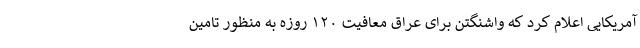
آمریکایی اعلام کرد که واشنگتن برای عراق معافیت ۱۲۰ روزه به منظور تامین